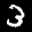
Label: 3